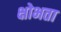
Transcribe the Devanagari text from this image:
क्षोभता